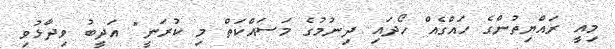
މިއީ ރައްޔިތުންގެ ހައްގެއް ހޯދައި ދިނުމުގެ މަސައްކަތް މި ކުރަނީ" އަދީބު ވިދާޅުވި